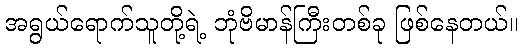
အရွယ်ရောက်သူတို့ရဲ့ ဘုံဗိမာန်ကြီးတစ်ခု ဖြစ်နေတယ်။